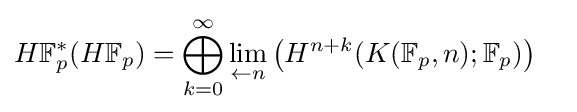
{\begin{aligned}H\mathbb {F} _{p}^{*}(H\mathbb {F} _{p})&=\bigoplus _{k=0}^{\infty }{\underset {\leftarrow n}{\text{lim}}}\left(H^{n+k}(K(\mathbb {F} _{p},n);\mathbb {F} _{p})\right)\end{aligned}}